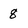
Character: 8